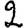
Digit: 2